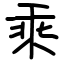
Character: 乘